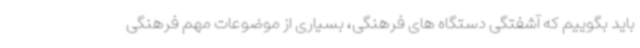
باید بگوییم که آشفتگی دستگاه های فرهنگی، بسیاری از موضوعات مهم فرهنگی